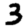
Digit: 3